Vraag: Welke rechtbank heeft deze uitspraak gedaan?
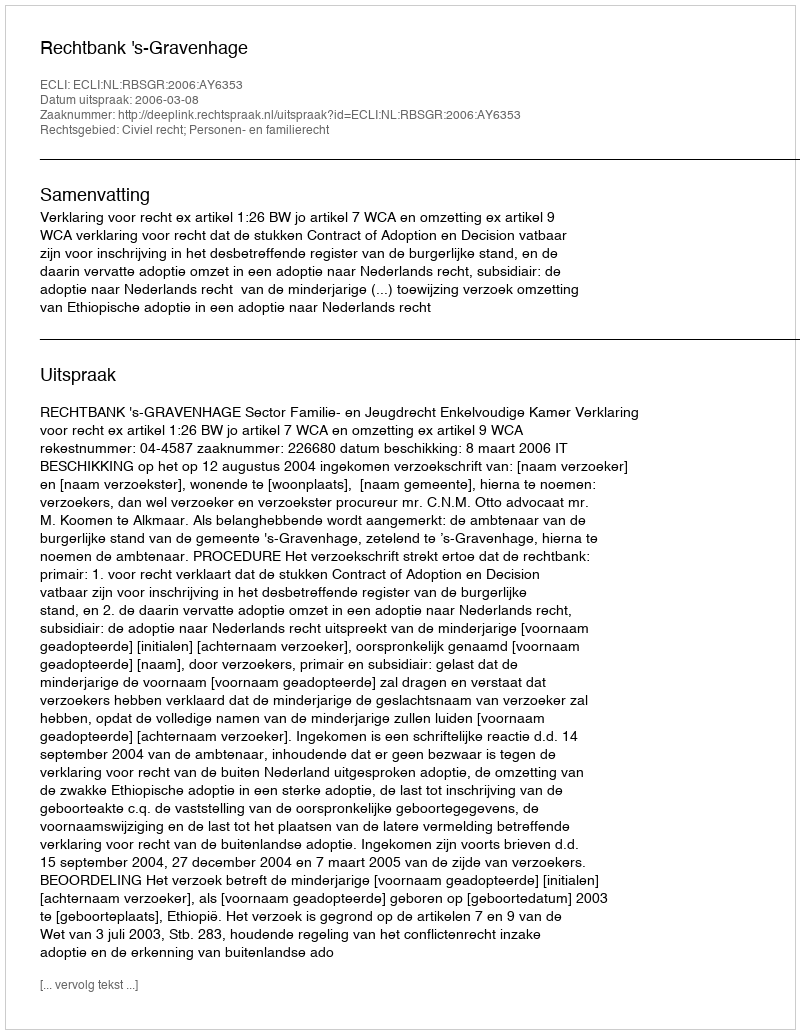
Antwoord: Rechtbank 's-Gravenhage